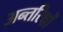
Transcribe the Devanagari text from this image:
अन्तरिक्षों